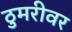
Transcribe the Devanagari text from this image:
ठुमरीवर